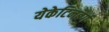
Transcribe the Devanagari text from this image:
येकेटिनबर्ग